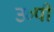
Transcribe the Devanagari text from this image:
उ०पी